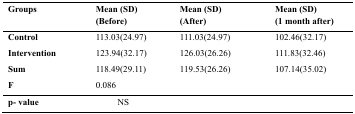
<table><thead><tr><td><b>Groups</b></td><td><b>Mean (SD) (Before)</b></td><td><b>Mean (SD) (After)</b></td><td><b>Mean (SD) (1 month after)</b></td></tr></thead><tbody><tr><td><b>Control</b></td><td>113.03(24.97)</td><td>111.03(24.97)</td><td>102.46(32.17)</td></tr><tr><td><b>Intervention</b></td><td>123.94(32.17)</td><td>126.03(26.26)</td><td>111.83(32.46)</td></tr><tr><td><b>Sum</b></td><td>118.49(29.11)</td><td>119.53(26.26)</td><td>107.14(35.02)</td></tr><tr><td><b>F</b></td><td>0.086</td><td></td><td></td></tr><tr><td><b>p- value</b></td><td colspan="3">NS</td></tr></tbody></table>